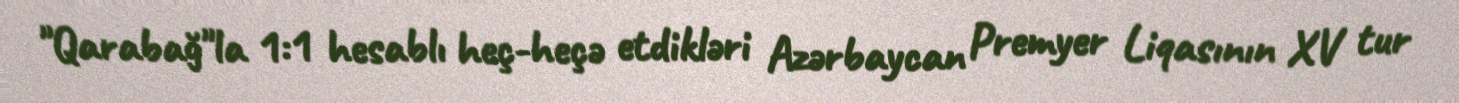
"Qarabağ"la 1:1 hesablı heç-heçə etdikləri Azərbaycan Premyer Liqasının XV tur